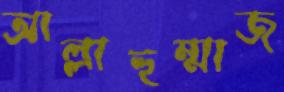
আল্লাহুম্মাজ